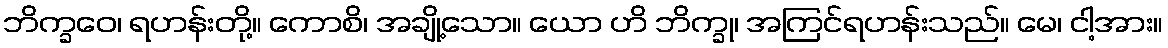
ဘိက္ခဝေ၊ ရဟန်းတို့။ ကောစိ၊ အချို့သော။ ယော ဟိ ဘိက္ခု၊ အကြင်ရဟန်းသည်။ မေ၊ ငါ့အား။